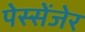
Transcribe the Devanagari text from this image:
पेस्सेंजेर